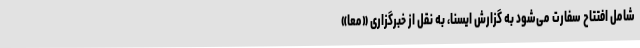
شامل افتتاح سفارت می‌شود به گزارش ایسنا، به نقل از خبرگزاری «معا»